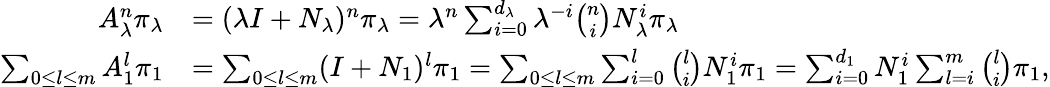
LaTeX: \begin{array}{rl}{A_{\lambda}^{n}\pi_{\lambda}}&{=(\lambda I+N_{\lambda})^{n}\pi_{\lambda}=\lambda^{n}\sum_{i=0}^{d_{\lambda}}\lambda^{-i}{\binom{n}{i}}N_{\lambda}^{i}\pi_{\lambda}}\\ {\sum_{0\le l\le m}A_{1}^{l}\pi_{1}}&{=\sum_{0\le l\le m}(I+N_{1})^{l}\pi_{1}=\sum_{0\le l\le m}\sum_{i=0}^{l}{\binom{l}{i}}N_{1}^{i}\pi_{1}=\sum_{i=0}^{d_{1}}N_{1}^{i}\sum_{l=i}^{m}{\binom{l}{i}}\pi_{1},}\end{array}